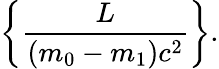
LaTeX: \left\{ \frac{L}{(m_{0}-m_{1})c^{2}}\right\} .